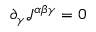
\partial _ { \gamma } { \mathcal { J } } ^ { \alpha \beta \gamma } = 0